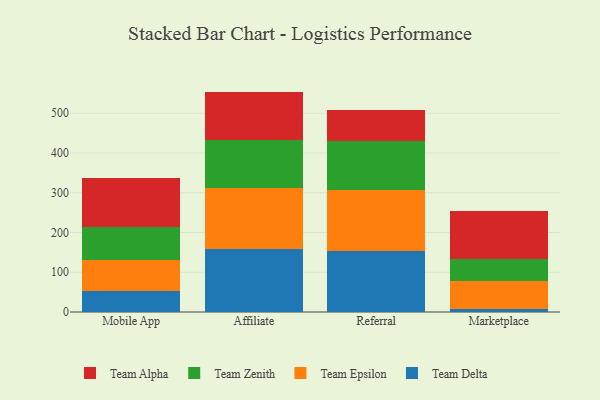
{"axis": {"x": "Channel", "y": "Headcount"}, "legend": ["Team Alpha", "Team Delta", "Team Epsilon", "Team Zenith"], "data": [{"x": "Mobile App", "y": 53.1, "type": "Team Delta"}, {"x": "Mobile App", "y": 77.7, "type": "Team Epsilon"}, {"x": "Mobile App", "y": 84.2, "type": "Team Zenith"}, {"x": "Mobile App", "y": 122.0, "type": "Team Alpha"}, {"x": "Affiliate", "y": 158.7, "type": "Team Delta"}, {"x": "Affiliate", "y": 152.1, "type": "Team Epsilon"}, {"x": "Affiliate", "y": 121.5, "type": "Team Zenith"}, {"x": "Affiliate", "y": 122.2, "type": "Team Alpha"}, {"x": "Referral", "y": 152.8, "type": "Team Delta"}, {"x": "Referral", "y": 154.9, "type": "Team Epsilon"}, {"x": "Referral", "y": 121.4, "type": "Team Zenith"}, {"x": "Referral", "y": 78.3, "type": "Team Alpha"}, {"x": "Marketplace", "y": 7.2, "type": "Team Delta"}, {"x": "Marketplace", "y": 69.7, "type": "Team Epsilon"}, {"x": "Marketplace", "y": 55.6, "type": "Team Zenith"}, {"x": "Marketplace", "y": 120.7, "type": "Team Alpha"}]}